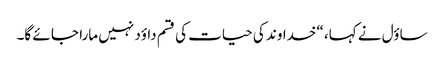
ساؤل نے کہا، “خداوند کی حیات کی قسم داؤد نہیں مارا جا ئے گا۔